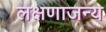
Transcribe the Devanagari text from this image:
लक्षणाजन्य